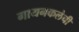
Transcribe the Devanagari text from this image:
गायनकलेची